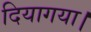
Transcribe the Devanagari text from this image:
दियागया।